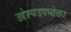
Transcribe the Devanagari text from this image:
उद्देश्यउपभोक्ता